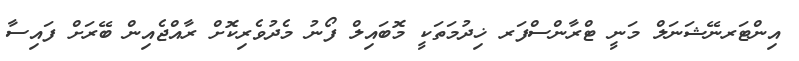
އިންޓަރނޭޝަނަލް މަނީ ޓްރާންސްފަރ ޚިދުމަތަކީ މޮބައިލް ފޯނު މެދުވެރިކޮށް ރާއްޖެއިން ބޭރަށް ފައިސާ